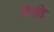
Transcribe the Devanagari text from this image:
पिराहिड